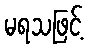
မရသဖြင့်